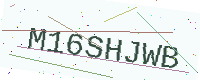
Text: M16SHJWB